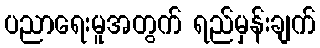
ပညာရေးမူအတွက် ရည်မှန်းချက်